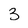
Character: 3